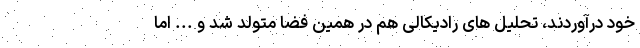
خود درآوردند، تحلیل های رادیکالی هم در همین فضا متولد شد و ... اما